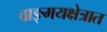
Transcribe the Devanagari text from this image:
वाङ्‌मयक्षेत्रात